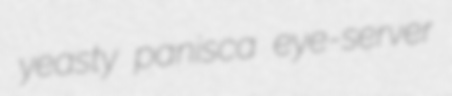
yeasty panisca eye-server